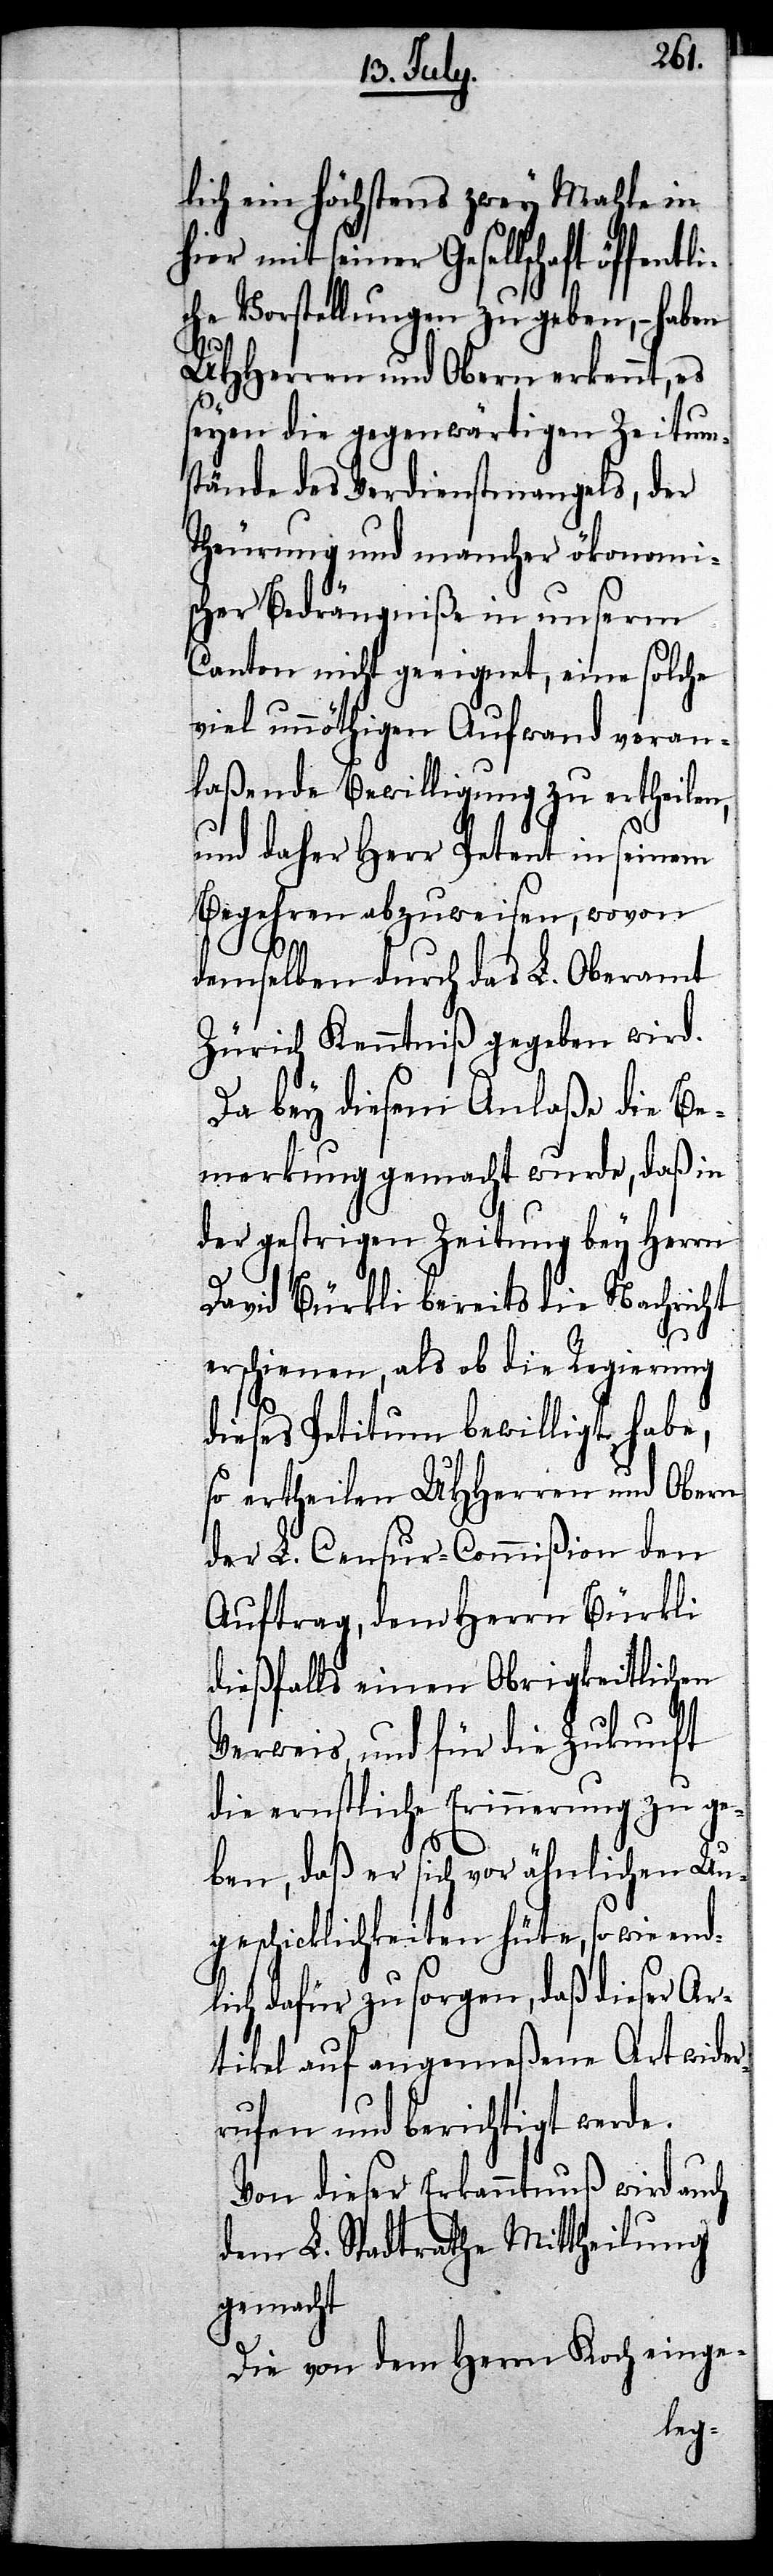
lich ein Höchstens zwey Mahle in
hier mit seiner Gesellschaft öffen¬
che Vorstellungen zu geben, – haben
UHHerren und Obern erkennt, es
seyen die gegenwärtigen Zeitum¬
stände des Verdienstmangels, der
Theurung und mancher ökonomi¬
scher Bedrängniße in unserm
Canton nicht geeignet, eine solche
viel unnöthigen Aufwand voran¬
laßende Bewilligung zu ertheilen,
und daher Herr Petent in seinem
Begehren abzuweisen, wovon
demselben durch das L. Oberamt
Zürich Kenntniß gegeben wird.
Da bey diesem Anlaße die Be¬
merkung gemacht wurde, daß in
der gestrigen Zeitung bey Herrn
David Bürkli bereits die Nachricht
t[.]
erschienen, als ob die Regierung
dieses Petitum bewilligt habe,
so ertheilen UHHerren und Obern
der L. Censur-Commißion den
Auftrag, dem Herrn Bürkli
dießfalls einen Obrigkeitlichen
Verweis, und für die Zukunft
die ernstliche Erinnerung zu ge¬
ben, daß er sich vor ähnlichen Un¬
geschicklichkeiten hüte, so wie endl¬
ich dafür zu sorgen, daß dieser Ar¬
tikel auf angemeßene Art wider¬
rufen und berichtigt werde.
Von dieser Erkanntnuß wird auch
dem L. Stadtrathe Mittheilung
gemach¬
Die von dem Herrn Koch einge-